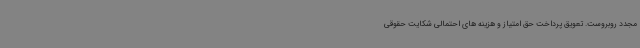
مجدد روبروست. تعویق پرداخت حق امتیاز و هزینه های احتمالی شکایت حقوقی